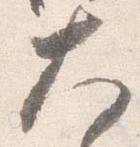
大